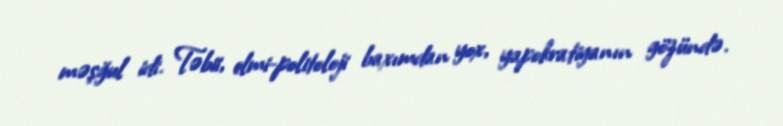
məşğul idi. Təbii, elmi-politoloji baxımdan yox, yapokratiyanın gözündə.